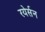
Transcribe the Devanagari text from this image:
रयेर्सन